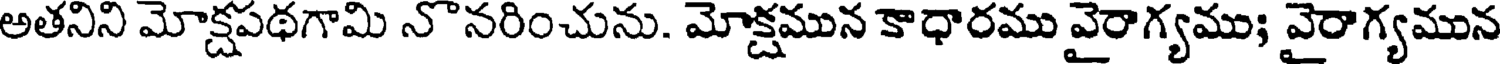
అతనిని మోక్షపథగామి నొనరించును. మోక్షమున కాధారము వైరాగ్యము; వైరాగ్యమున